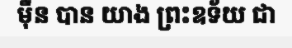
ម៉ឺន បាន យាង ព្រះឧទ័យ ជា